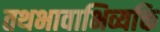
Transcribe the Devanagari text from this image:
तथभावाभिव्यक्ति